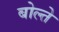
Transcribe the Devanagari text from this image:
बोल्ते